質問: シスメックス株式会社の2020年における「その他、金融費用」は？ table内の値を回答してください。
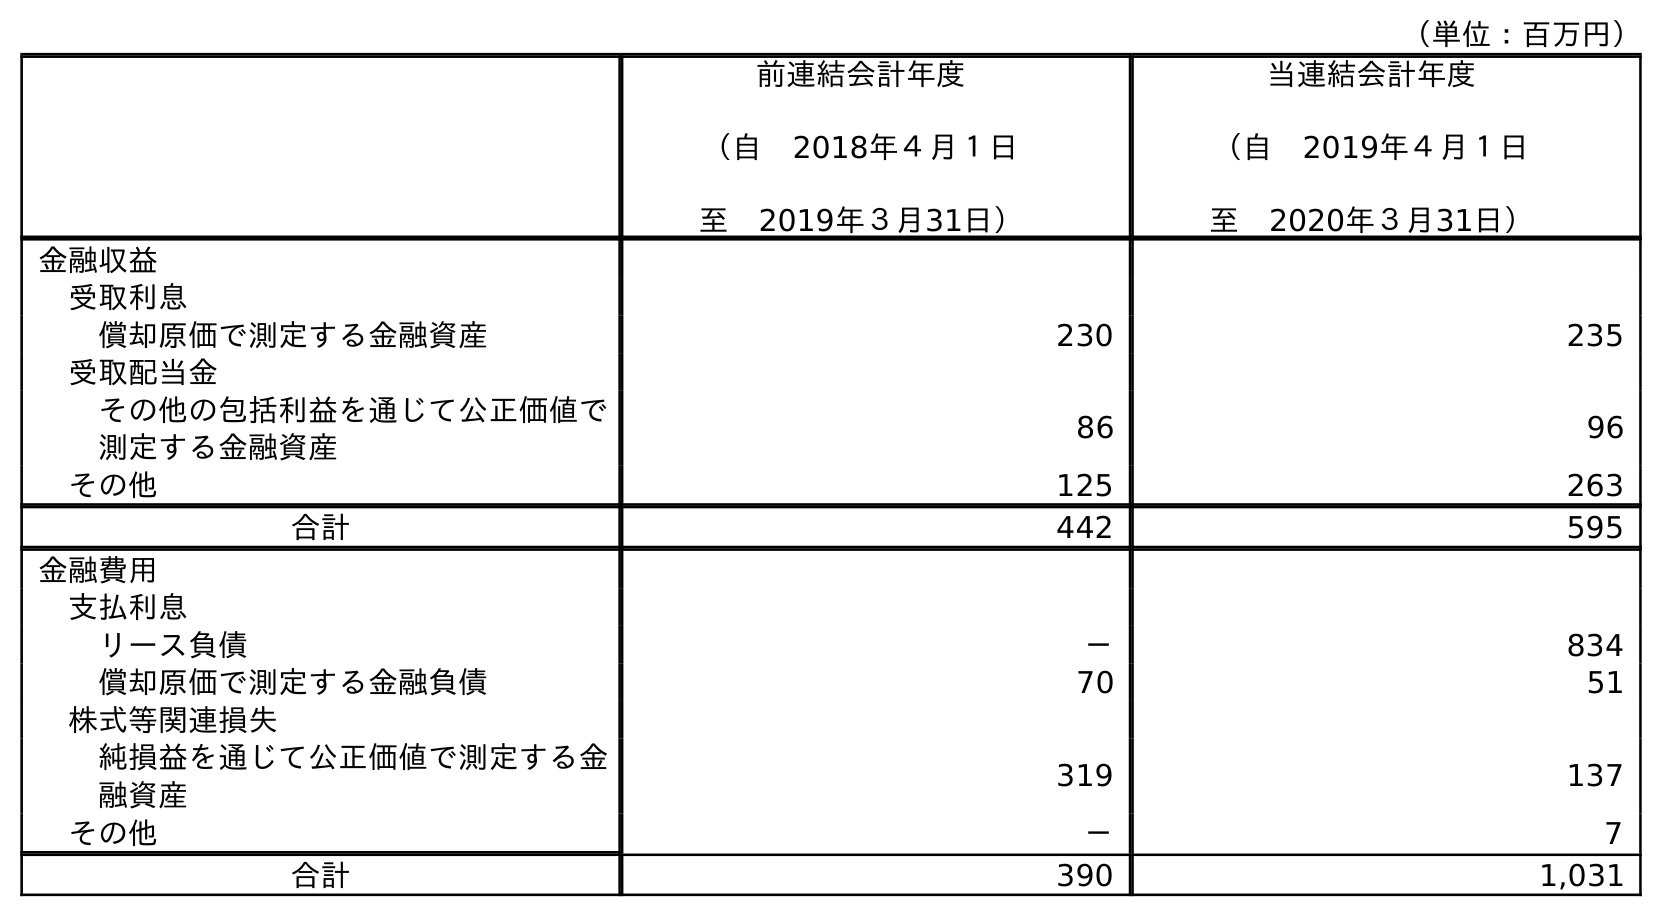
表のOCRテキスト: （単位：百万円） 前連結会計年度 （自 2018年４月１日 至 2019年３月31日） 当連結会計年度 （自 2019年４月１日 至 2020年３月31日） 金融収益 受取利息 償却原価で測定する金融資産 230 235 受取配当金 その他の包括利益を通じて公正価値で 測定する金融資産 86 96 その他 125 263 合計 442 595 金融費用 支払利息 リース負債 － 834 償却原価で測定する金融負債 70 51 株式等関連損失 純損益を通じて公正価値で測定する金 融資産 319 137 その他 － 7 合計 390 1,031
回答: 7